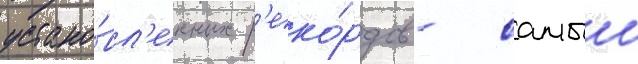
устано́вл'енных р'еко́рдов - самыи